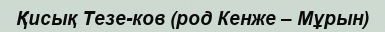
Қисық Тезе­ков (род Кенже – Мұрын)